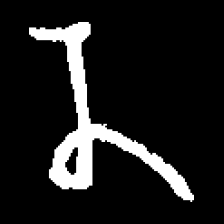
Pyu character \u2014 Myanmar letter: န (romanized: na)